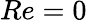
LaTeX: Re=0